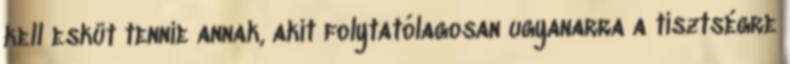
kell esküt tennie annak, akit folytatólagosan ugyanarra a tisztségre